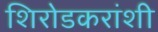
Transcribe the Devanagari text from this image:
शिरोडकरांशी